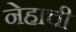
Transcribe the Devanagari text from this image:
नेहाची